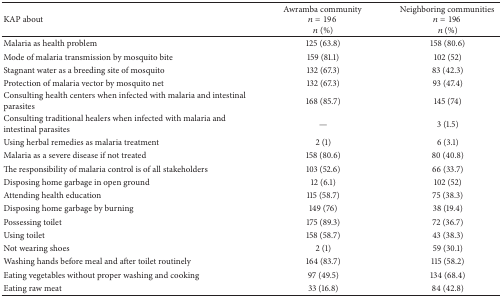
| KAP about | Awramba community n = 196 n (%) | Neighboring communities n = 196 n (%) |
 | --- | --- | --- |
 | Malaria as health problem | 125 (63.8) | 158 (80.6) |
 | Mode of malaria transmission by mosquito bite | 159 (81.1) | 102 (52) |
 | Stagnant water as a breeding site of mosquito | 132 (67.3) | 83 (42.3) |
 | Protection of malaria vector by mosquito net | 132 (67.3) | 93 (47.4) |
 | Consulting health centers when infected with malaria and intestinal parasites | 168 (85.7) | 145 (74) |
 | Consulting traditional healers when infected with malaria and intestinal parasites | — | 3 (1.5) |
 | Using herbal remedies as malaria treatment | 2 (1) | 6 (3.1) |
 | Malaria as a severe disease if not treated | 158 (80.6) | 80 (40.8) |
 | The responsibility of malaria control is of all stakeholders | 103 (52.6) | 66 (33.7) |
 | Disposing home garbage in open ground | 12 (6.1) | 102 (52) |
 | Attending health education | 115 (58.7) | 75 (38.3) |
 | Disposing home garbage by burning | 149 (76) | 38 (19.4) |
 | Possessing toilet | 175 (89.3) | 72 (36.7) |
 | Using toilet | 158 (58.7) | 43 (38.3) |
 | Not wearing shoes | 2 (1) | 59 (30.1) |
 | Washing hands before meal and after toilet routinely | 164 (83.7) | 115 (58.2) |
 | Eating vegetables without proper washing and cooking | 97 (49.5) | 134 (68.4) |
 | Eating raw meat | 33 (16.8) | 84 (42.8) |